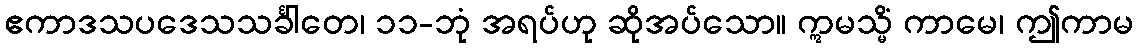
ဧကာဒသပဒေသသင်္ခါတေ၊ ၁၁-ဘုံ အရပ်ဟု ဆိုအပ်သော။ ဣမသ္မိံ ကာမေ၊ ဤကာမ